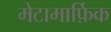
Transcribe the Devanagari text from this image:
मेटामार्फ़िक